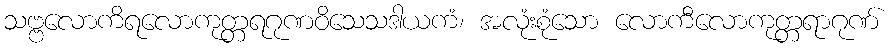
သဗ္ဗလောကိရလောကုတ္တရဂုဏဝိသေသဒါယကံ၊ အလုံးစုံသော လောကီလောကုတ္တရာဂုဏ်